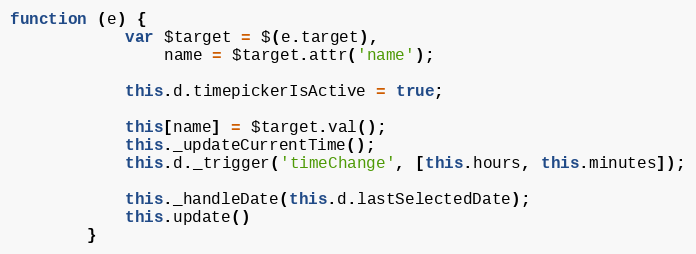
Language: JavaScript
function (e) {
            var $target = $(e.target),
                name = $target.attr('name');

            this.d.timepickerIsActive = true;

            this[name] = $target.val();
            this._updateCurrentTime();
            this.d._trigger('timeChange', [this.hours, this.minutes]);

            this._handleDate(this.d.lastSelectedDate);
            this.update()
        }